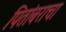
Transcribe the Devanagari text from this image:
पितांबराचा